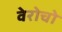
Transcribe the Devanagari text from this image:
वेरोचो